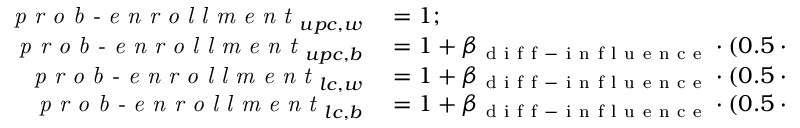
\begin{array} { r l } { \textit { p r o b - e n r o l l m e n t } _ { u p c , w } } & { { } = 1 ; } \\ { \textit { p r o b - e n r o l l m e n t } _ { u p c , b } } & { { } = 1 + \beta _ { \mathrm { ~ d ~ i ~ f ~ f ~ - ~ i ~ n ~ f ~ l ~ u ~ e ~ n ~ c ~ e ~ } } \cdot ( 0 . 5 \cdot \textit { b l a c k - p e n a l t y } ) ; } \\ { \textit { p r o b - e n r o l l m e n t } _ { l c , w } } & { { } = 1 + \beta _ { \mathrm { ~ d ~ i ~ f ~ f ~ - ~ i ~ n ~ f ~ l ~ u ~ e ~ n ~ c ~ e ~ } } \cdot ( 0 . 5 \cdot \textit { l o w e r - c l a s s - p e n a l t y } ) ; } \\ { \textit { p r o b - e n r o l l m e n t } _ { l c , b } } & { { } = 1 + \beta _ { \mathrm { ~ d ~ i ~ f ~ f ~ - ~ i ~ n ~ f ~ l ~ u ~ e ~ n ~ c ~ e ~ } } \cdot ( 0 . 5 \cdot \textit { l o w e r - c l a s s - p e n a l t y } + 0 . 5 \cdot \textit { b l a c k - p e n a l t y } ) . } \end{array}